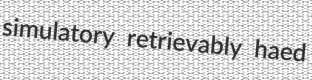
simulatory retrievably haed